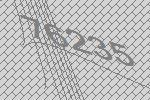
76235